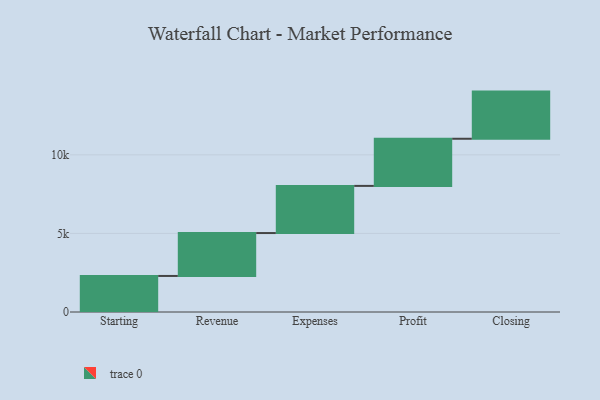
{"axis": {"x": "Step", "y": "Value"}, "legend": [""], "data": [{"x": "Starting", "y": 2293.0, "type": ""}, {"x": "Revenue", "y": 2731.0, "type": ""}, {"x": "Expenses", "y": 3000, "type": ""}, {"x": "Profit", "y": 3000, "type": ""}, {"x": "Closing", "y": 3000, "type": ""}]}